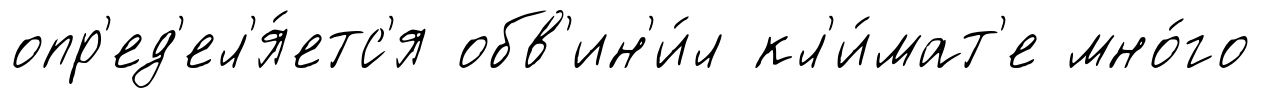
опр'ед'ел'я́етс'я обв'ин'и́л кл'и́мат'е мно́го